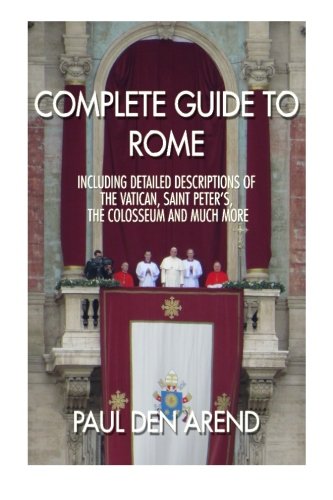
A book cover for Complete guide to Rome: With detailed descriptions of the Vatican, St. Peter's, the Colosseum and much more; Paul den Arend; Travel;